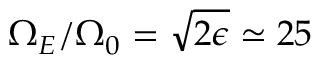
\Omega _ { E } / \Omega _ { 0 } = \sqrt { 2 \epsilon } \simeq 2 5 \